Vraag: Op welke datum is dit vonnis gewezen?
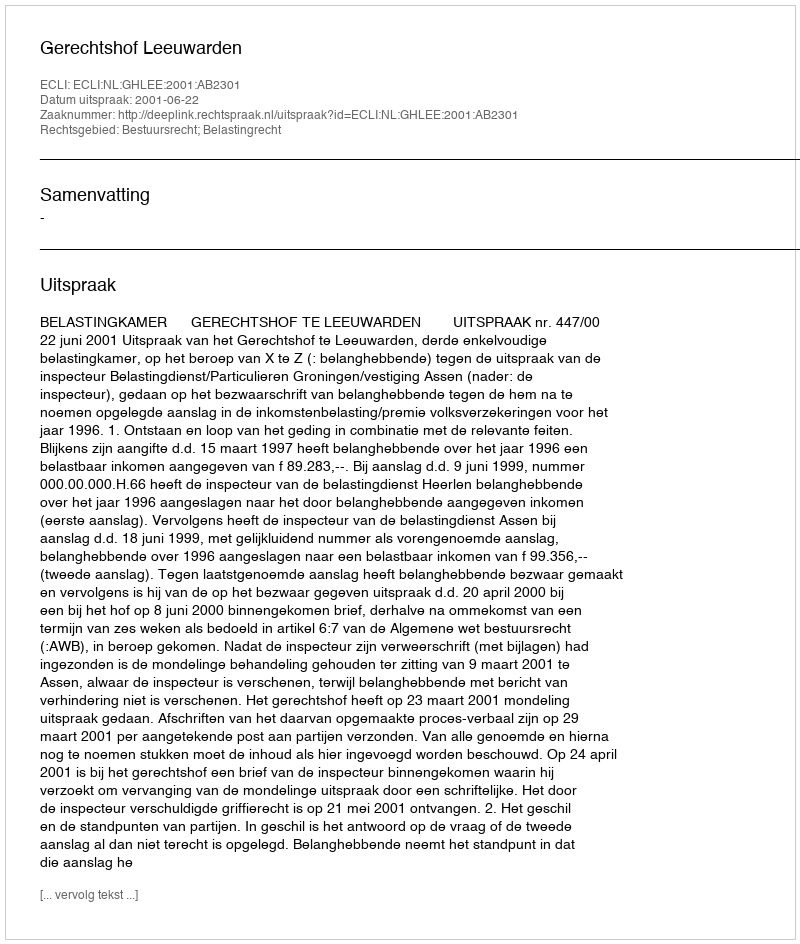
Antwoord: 2001-06-22